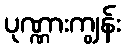
ပုဏ္ဏားကျွန်း